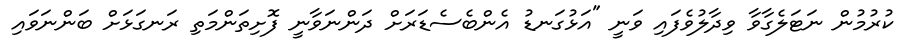
ކުރުމުން ނަޓަލެގާވާ ވިދާލުވެފައި ވަނީ "އަޅުގަނޑު އެންބެސެޑަރަށް ދަންނަވާނީ ފޮށިތަންމަތި ރަނގަޅަށް ބަންނަވައި